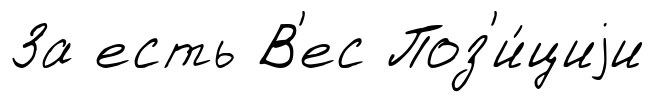
За есть В'ес Поз'и́циjи